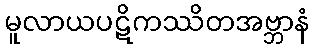
မူလာယပဋိကဿိတအဗ္ဘာနံ